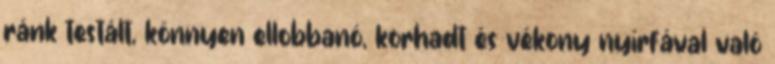
ránk testált, könnyen ellobbanó, korhadt és vékony nyírfával való